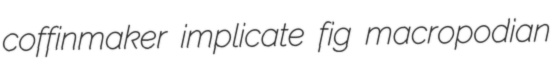
coffinmaker implicate fig macropodian